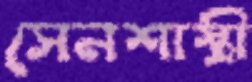
সেনশাস্ত্রী